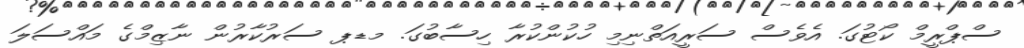
ސްޕްރީމް ކޯޓުގަ. އެވެސް ސަރީއަތްނިމި ހުކުންކުރާ ހިސާބުގަ. މޑޕ ސަރުކާރުން ނާޒިމްގެ މައްސަލަ